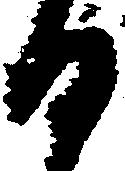
日